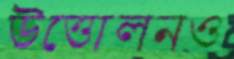
উত্তোলনও